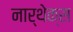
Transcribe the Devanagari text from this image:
नार्थेक्स